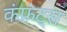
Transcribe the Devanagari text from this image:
कंफ्रंट्स